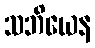
သဘိယေန